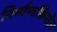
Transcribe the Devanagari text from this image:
निर्माणफ़िरोज़